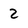
Character: 2